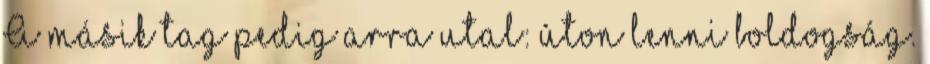
A másik tag pedig arra utal: úton lenni boldogság.